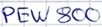
Text: PEW800